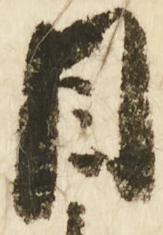
目